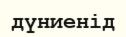
дүниенід